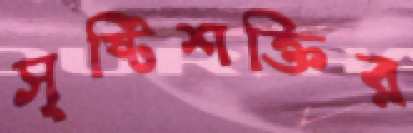
সৃষ্টিশক্তির